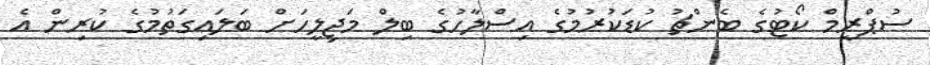
ސުޕްރީމް ކޯޓުގެ ބެންޗު ކުޑަކުރުމުގެ އިސްލާހުގެ ބިލް މަޖިލީހަށް ބަލައިގަތުމުގެ ކުރިން އެ